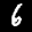
Label: 6